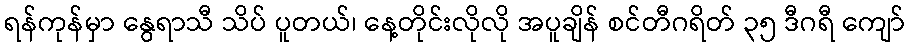
ရန်ကုန်မှာ နွေရာသီ သိပ် ပူတယ်၊ နေ့တိုင်းလိုလို အပူချိန် စင်တီဂရိတ် ၃၅ ဒီဂရီ ကျော်